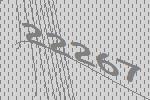
22267